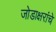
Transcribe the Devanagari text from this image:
जोडाक्षरांचे